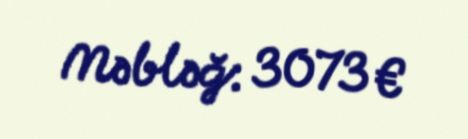
Məbləğ: 3073 €